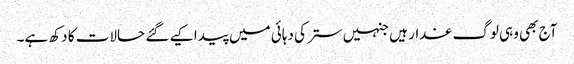
آج بھی وہی لوگ غدار ہیں جنہیں ستر کی دہائی میں پیدا کیے گئے حالات کا دکھ ہے۔